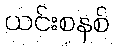
ယင်းစနစ်